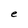
Character: e